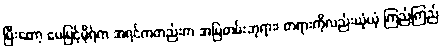
ပြီးတော့ မေမြင့်မိုရ်က အရင်ကတည်းက အမြဲတမ်းဘုရား၊ တရားကိုလည်းယုံယုံ ကြည်ကြည်